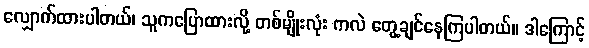
လျှောက်ထားပါတယ်၊ သူကပြောထားလို့ တစ်မျိုးလုံး ကလဲ တွေ့ချင်နေကြပါတယ်။ ဒါကြောင့်